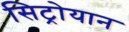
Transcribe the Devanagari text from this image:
सिट्रोयान